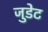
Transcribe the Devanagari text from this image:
जुडेट